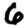
Digit: 6